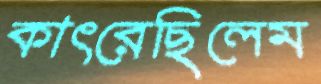
কাৎরেছিলেম